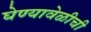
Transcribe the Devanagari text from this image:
घेण्यावेळीची